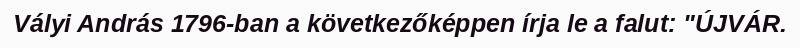
Vályi András 1796-ban a következőképpen írja le a falut: "ÚJVÁR.